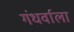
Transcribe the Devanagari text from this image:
गंधर्वाला